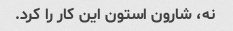
نه، شارون استون این کار را کرد.